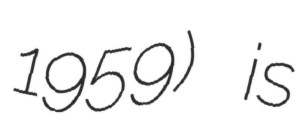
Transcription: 1959) is